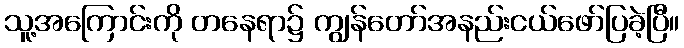
သူ့အကြောင်းကို တနေရာ၌ ကျွန်တော်အနည်းငယ်ဖော်ပြခဲ့ပြီ။